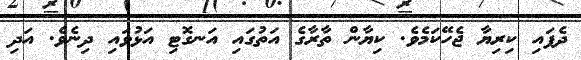
ދެފައި ކިރިޔާ ޖެހޭކަމެވެ. ކިޔާން ތާރާގެ އަތުގައި އަނގޮޓި އަޅުވައި ދިނެވެ. އަދި